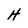
Character: H